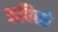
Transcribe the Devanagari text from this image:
अविसो